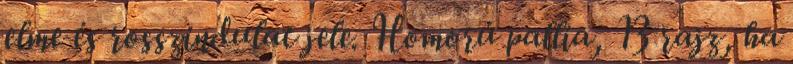
elme és rosszindulat jele. Homorú pallia, 13 rajz, ha